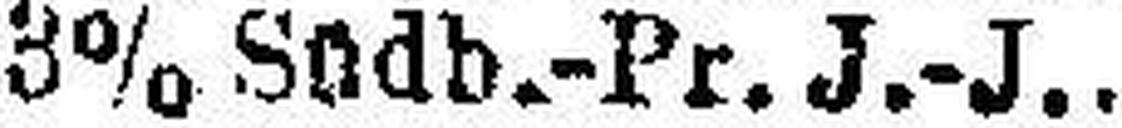
3% Südb.-Pr. J.-J.